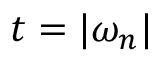
t = | \omega _ { n } |